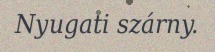
Nyugati szárny.